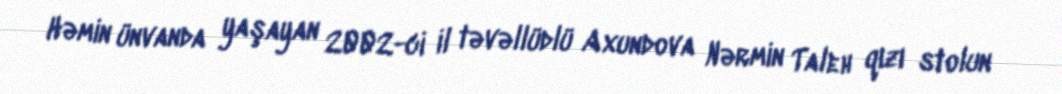
Həmin ünvanda yaşayan 2002-ci il təvəllüdlü Axundova Nərmin Taleh qızı stolun